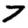
Digit: 7